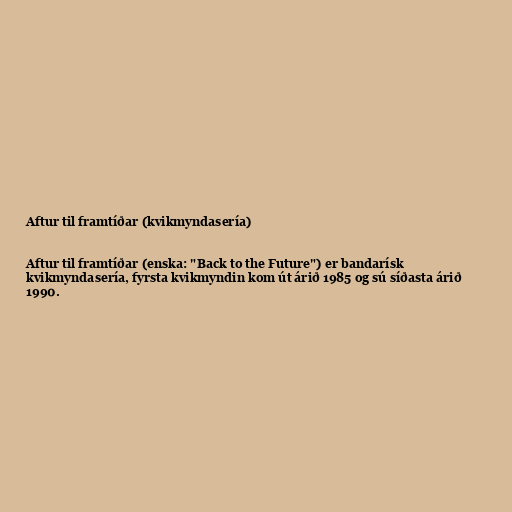
Aftur til framtíðar (kvikmyndasería)

Aftur til framtíðar (enska: "Back to the Future") er bandarísk
kvikmyndasería, fyrsta kvikmyndin kom út árið 1985 og sú síðasta árið
1990.